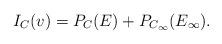
LaTeX: \begin{align*}I_C(v)=P_C(E)+P_{C_\infty}(E_\infty).\end{align*}